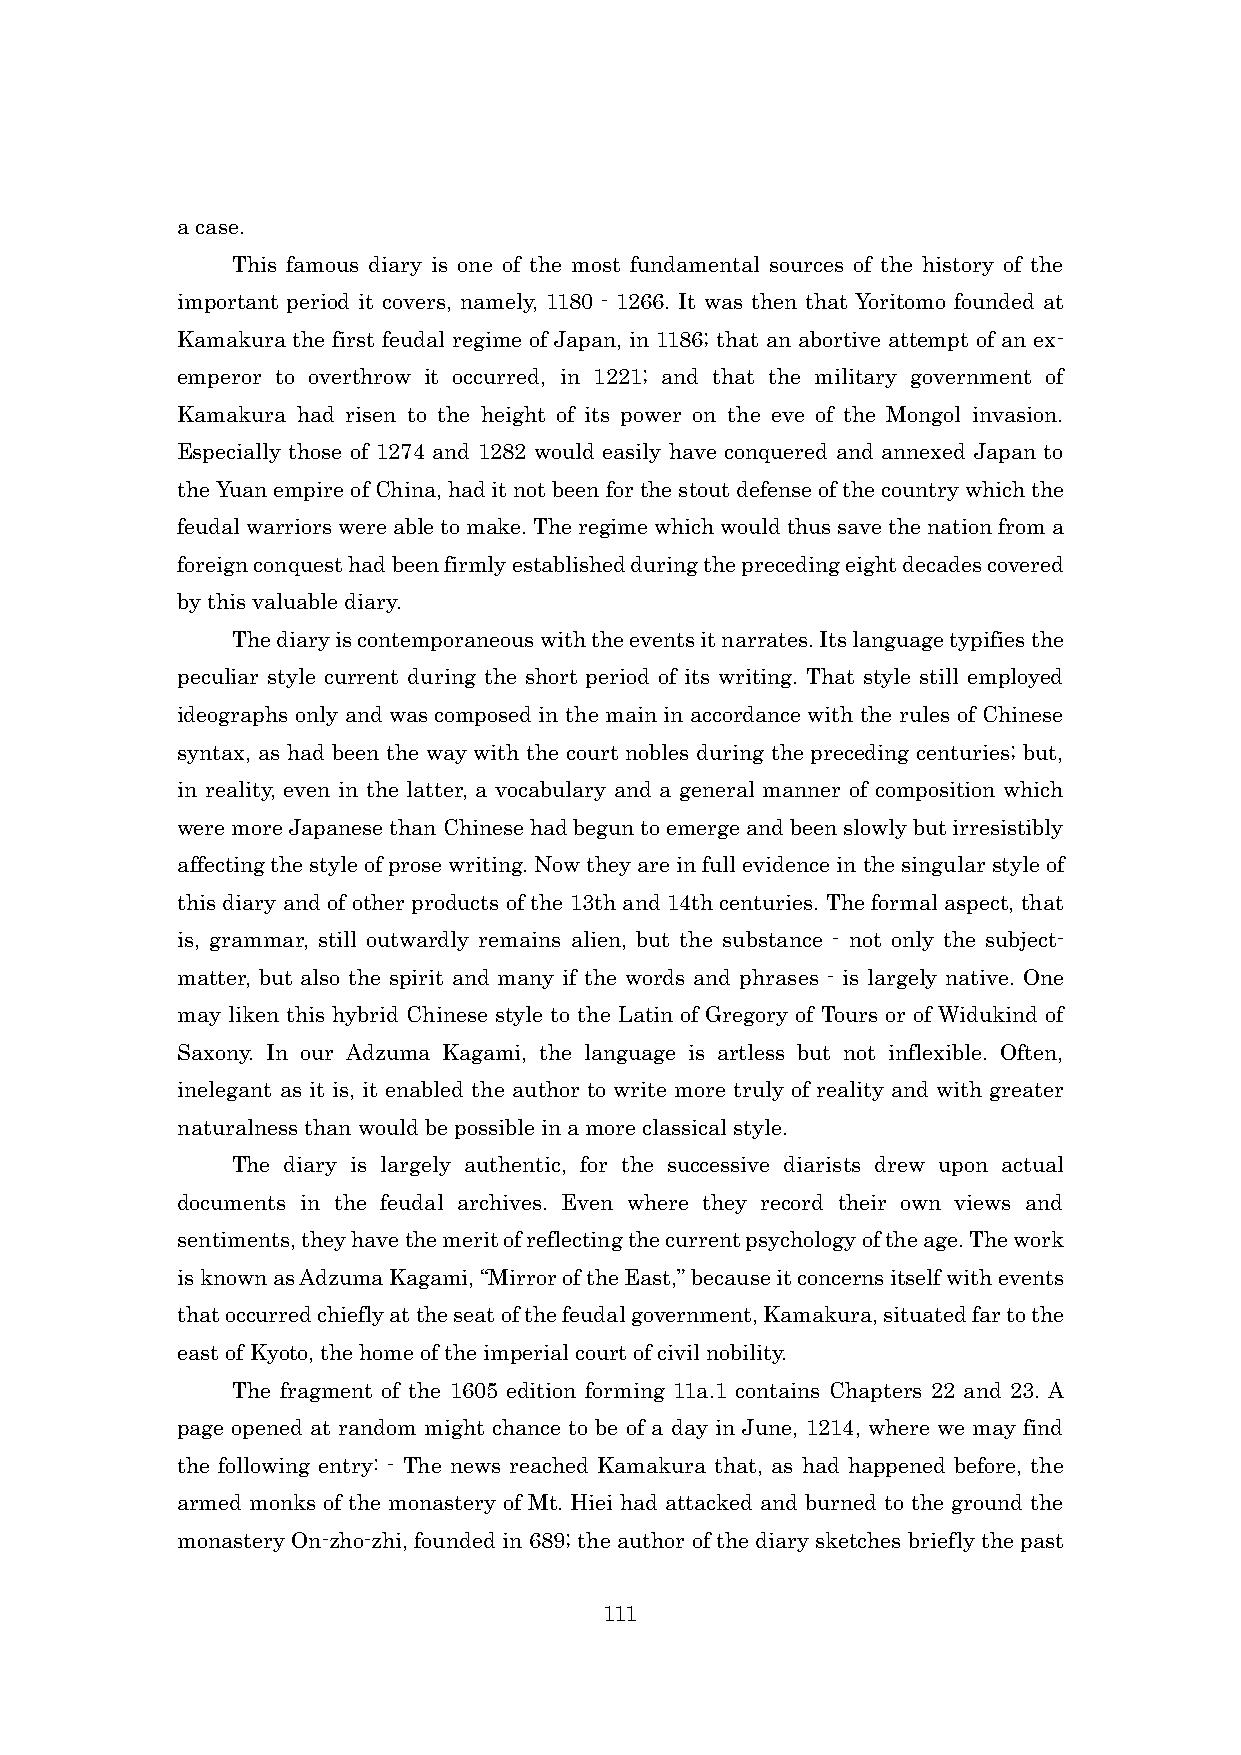
a case.
 This famous diary is one of the most fundamental sources of the history of the
 important period it covers, namely, 1180 - 1266. It was then that Yoritomo founded at
 Kamakura the first feudal regime of Japan, in 1186; that an abortive attempt of an ex-
 emperor to overthrow it occurred, in 1221; and that the military government of
 Kamakura had risen to the height of its power on the eve of the Mongol invasion.
 Especially those of 1274 and 1282 would easily have conquered and annexed Japan to
 the Yuan empire of China, had it not been for the stout defense of the country which the
 feudal warriors were able to make. The regime which would thus save the nation from a
 foreign conquest had been firmly established during the preceding eight decades covered
 by this valuable diary.
 The diary is contemporaneous with the events it narrates. Its language typifies the
 peculiar style current during the short period of its writing. That style still employed
 ideographs only and was composed in the main in accordance with the rules of Chinese
 syntax, as had been the way with the court nobles during the preceding centuries; but,
 in reality, even in the latter, a vocabulary and a general manner of composition which
 were more Japanese than Chinese had begun to emerge and been slowly but irresistibly
 affecting the style of prose writing. Now they are in full evidence in the singular style of
 this diary and of other products of the 13th and 14th centuries. The formal aspect, that
 is, grammar, still outwardly remains alien, but the substance - not only the subject-
 matter, but also the spirit and many if the words and phrases - is largely native. One
 may liken this hybrid Chinese style to the Latin of Gregory of Tours or of Widukind of
 Saxony. In our Adzuma Kagami, the language is artless but not inflexible. Often,
 inelegant as it is, it enabled the author to write more truly of reality and with greater
 naturalness than would be possible in a more classical style.
 The diary is largely authentic, for the successive diarists drew upon actual
 documents in the feudal archives. Even where they record their own views and
 sentiments, they have the merit of reflecting the current psychology of the age. The work
 is known as Adzuma Kagami, “Mirror of the East,” because it concerns itself with events
 that occurred chiefly at the seat of the feudal government, Kamakura, situated far to the
 east of Kyoto, the home of the imperial court of civil nobility.
 The fragment of the 1605 edition forming 11a.1 contains Chapters 22 and 23. A
 page opened at random might chance to be of a day in June, 1214, where we may find
 the following entry: - The news reached Kamakura that, as had happened before, the
 armed monks of the monastery of Mt. Hiei had attacked and burned to the ground the
 monastery On-zho-zhi, founded in 689; the author of the diary sketches briefly the past
 111